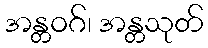
အန္တဝဂ်၊ အန္တသုတ်